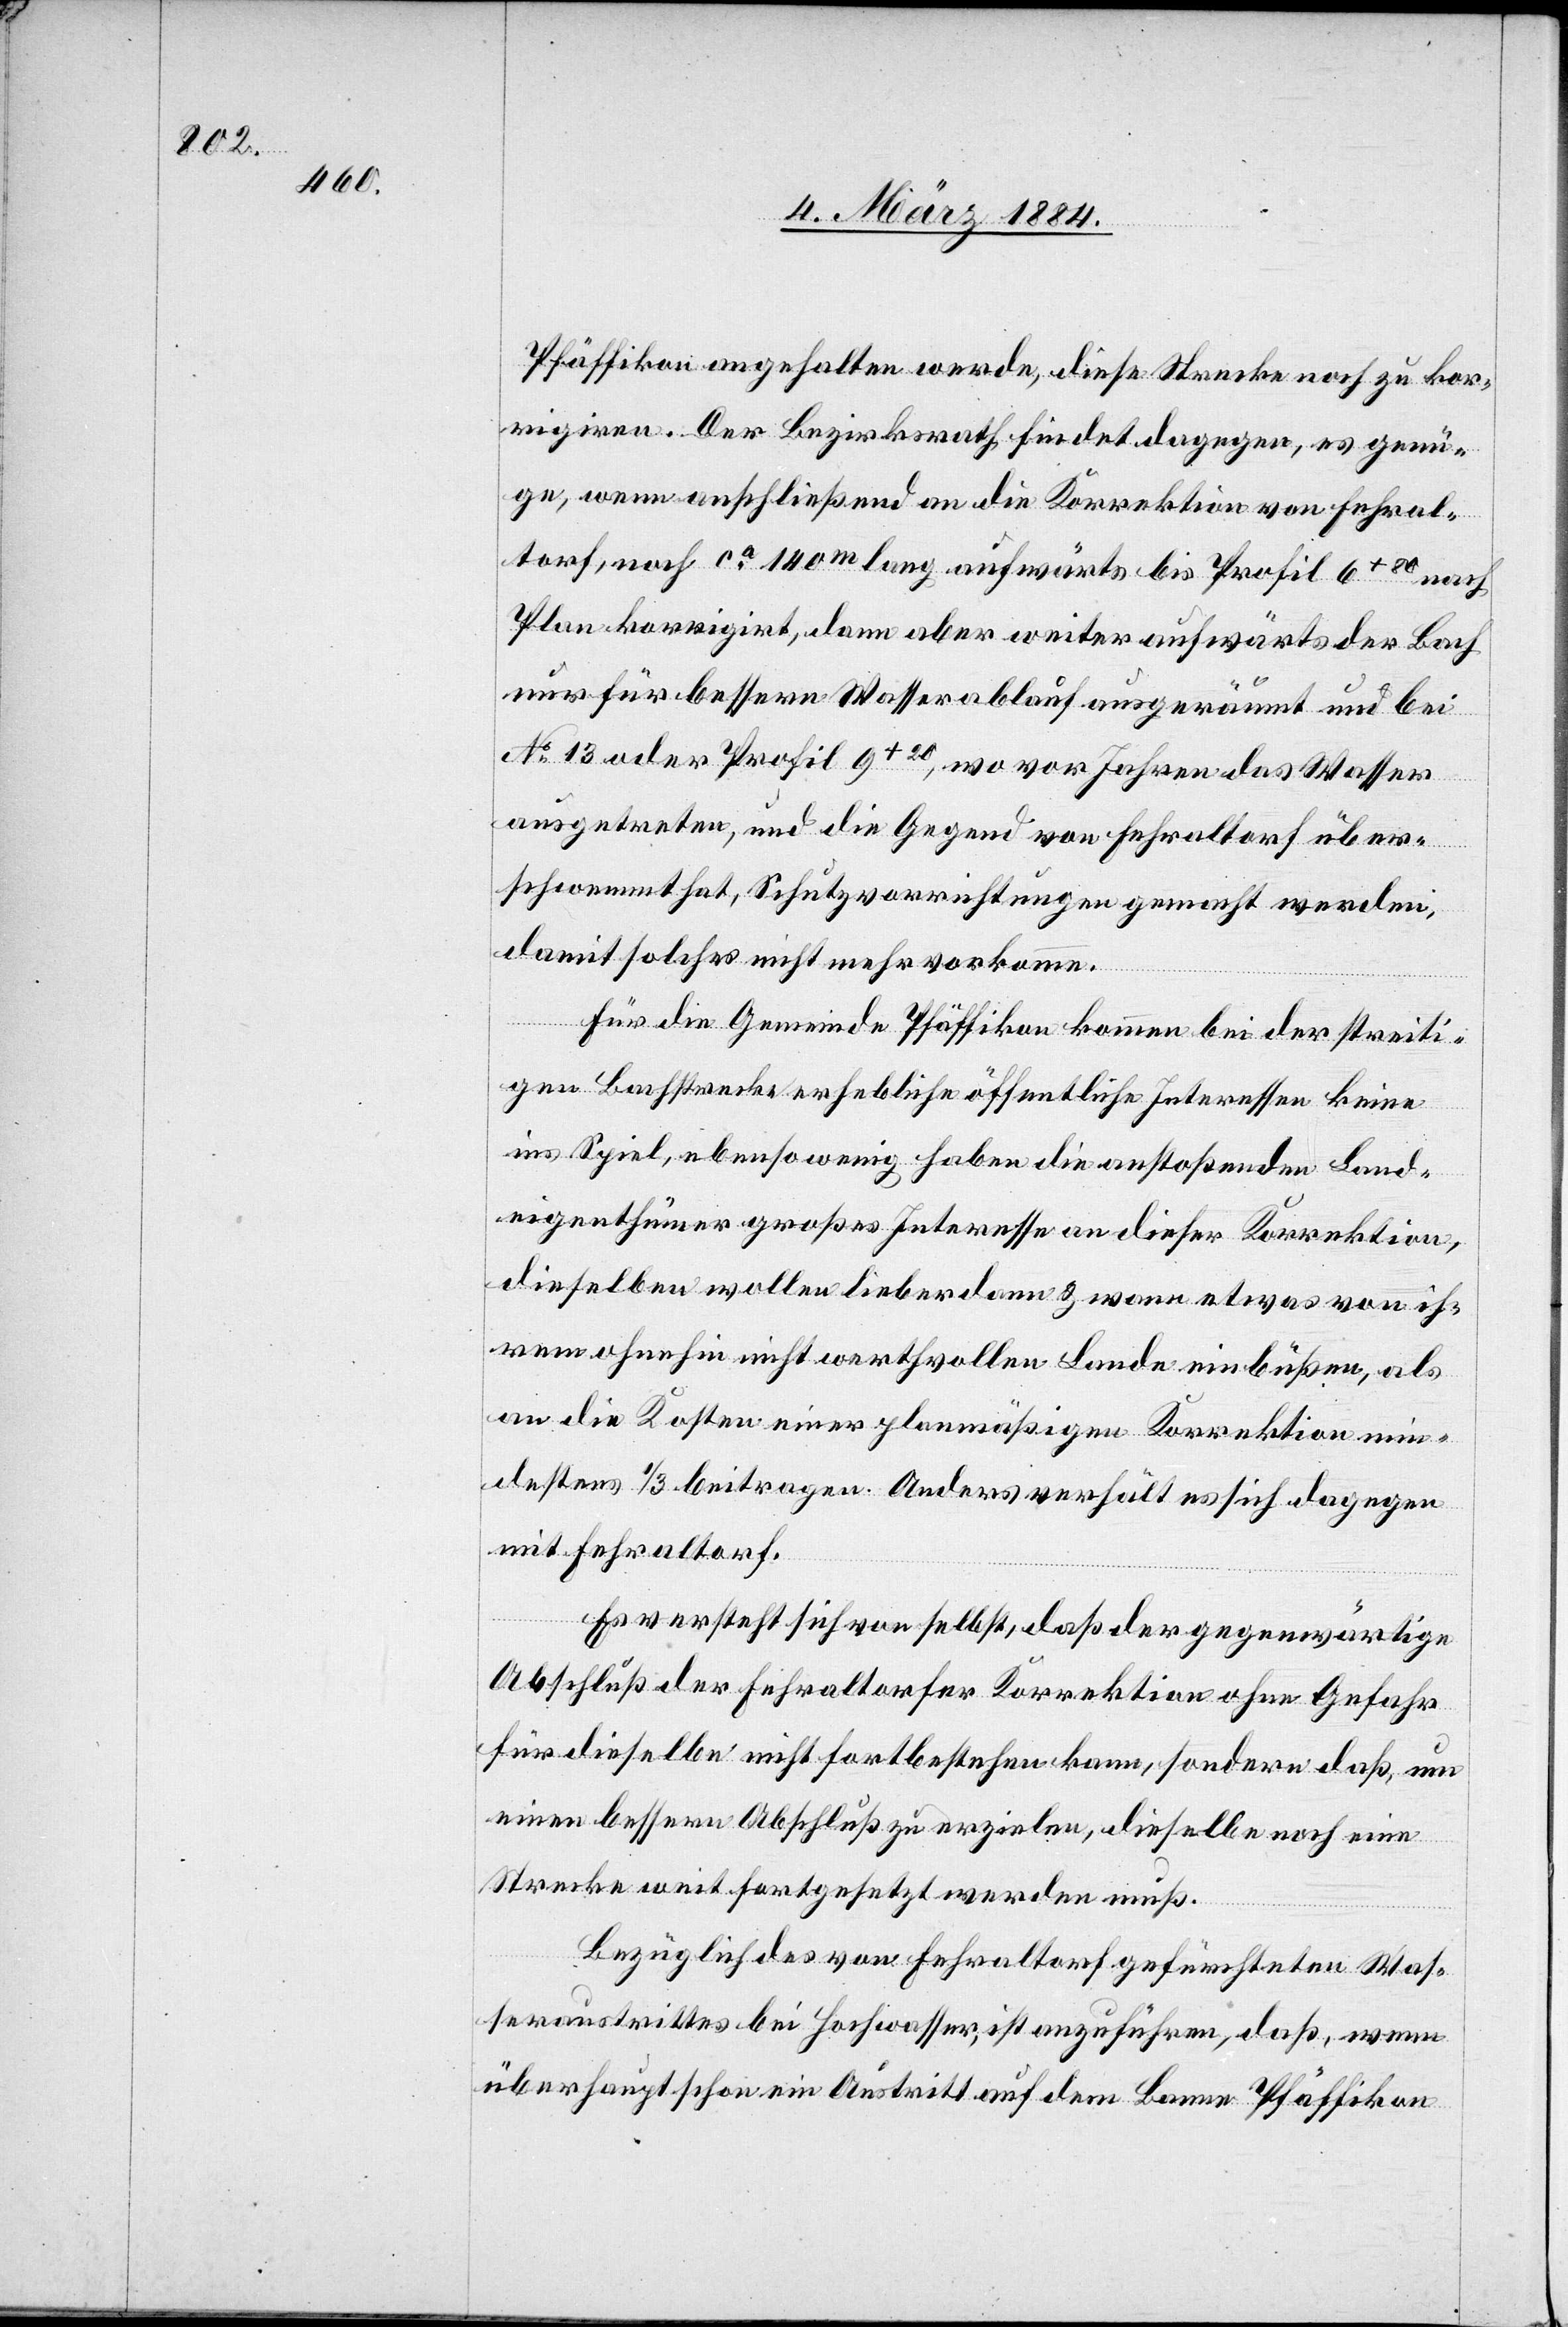
Pfäffikon angehalten werde, diese Strecke noch zu kor¬
rigiren. Der Bezirksrath findet dagegen, es genü¬
ge, wenn anschließend an die Korrektion von Fehral¬
torf, noch ca 140m lang aufwärts bis Profil 6+30 nach
Plan korrigirt, dann aber weiter aufwärts der Bach
nur für bessern Wasserablauf ausgeräumt und bei
No 13 oder Profil 9+20, wo vor Jahren das Wasser
ausgetreten, und die Gegend von Fehraltorf über¬
schwemmt hat, Schutzvorrichtungen gemacht werden,
damit solches nicht mehr vorkomme.
Für die Gemeinde Pfäffikon kommen bei der streiti¬
gen Bachstrecke erhebliche öffentliche Interessen keine
ins Spiel, ebensowenig haben die anstoßenden Land¬
eigenthümer großes Interesse an dieser Korrektion,
dieselben wollen lieber dann & wann etwas von ih¬
rem ohnehin nicht werthvollen Lande einbüßen, als
an die Kosten einer planmäßigen Korrektion min¬
destens 1/3 beitragen. Anders verhält es sich dagegen
mit Fehraltorf.
Es versteht sich von selbst, daß der gegenwärtige
Abschluß der Fehraltorfer Korrektion ohne Gefahr
für dieselbe nicht fortbestehen kann, sondern daß, um
einen bessern Abschluß zu erzielen, dieselbe noch eine
Strecke weit fortgesetzt werden muß.
Bezüglich des von Fehraltorf gefürchteten Was¬
seraustritts bei Hochwasser, ist anzuführen, daß, wenn
überhaupt schon ein Austritt auf dem Banne Pfäffikon